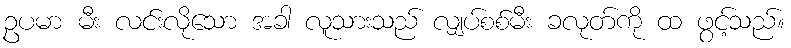
ဥပမာ မီး လင်းလိုသော အခါ လူသားသည် လျှပ်စစ်မီး ခလုတ်ကို ထ ဖွင့်သည်။